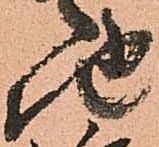
地